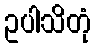
ဥပါသိတုံ